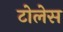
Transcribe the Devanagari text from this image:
टोलेस